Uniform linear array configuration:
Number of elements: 32
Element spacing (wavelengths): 0.25
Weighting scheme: blackman
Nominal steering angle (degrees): -30
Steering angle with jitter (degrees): -30.918
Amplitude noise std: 0.05
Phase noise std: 0.05

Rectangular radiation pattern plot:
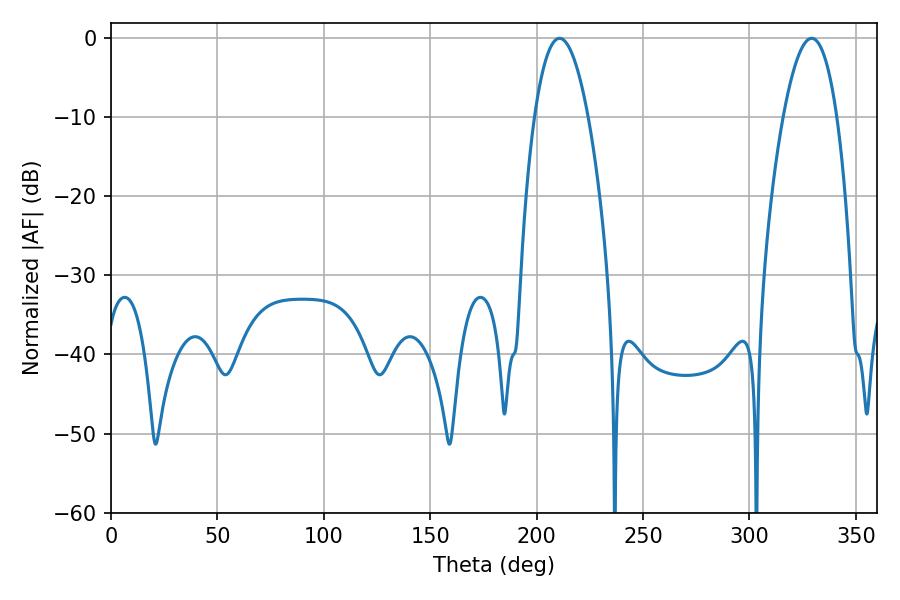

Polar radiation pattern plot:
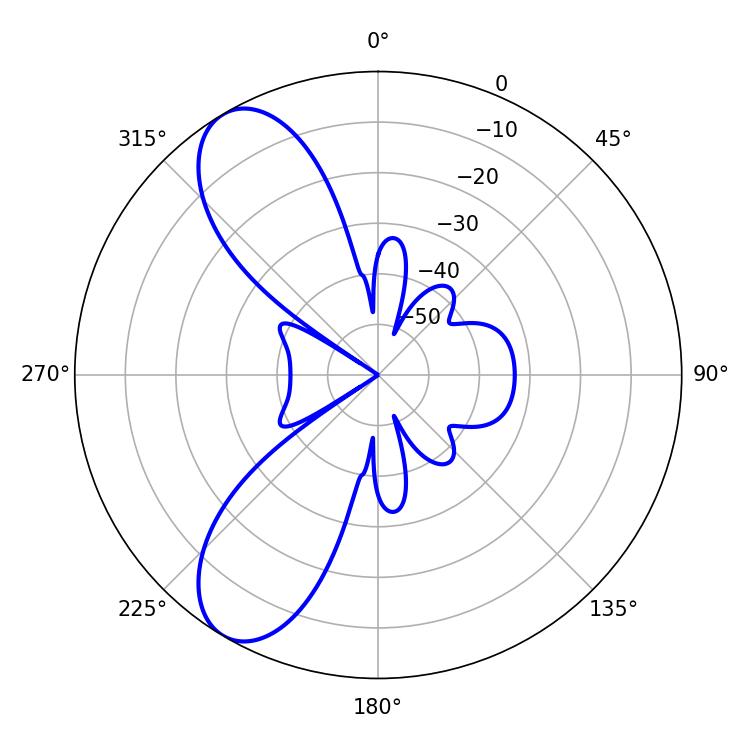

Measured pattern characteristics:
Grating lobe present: FALSE
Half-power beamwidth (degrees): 13.86
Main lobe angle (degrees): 210.78